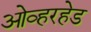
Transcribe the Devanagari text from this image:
ओव्हरहेड